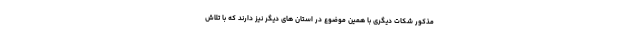
مذکور شکات دیگری با همین موضوع در استان های دیگر نیز دارند که با تلاش